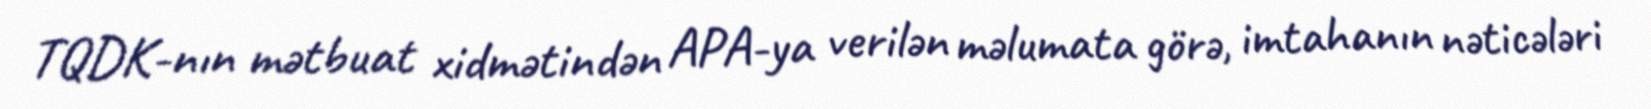
TQDK-nın mətbuat xidmətindən APA-ya verilən məlumata görə, imtahanın nəticələri